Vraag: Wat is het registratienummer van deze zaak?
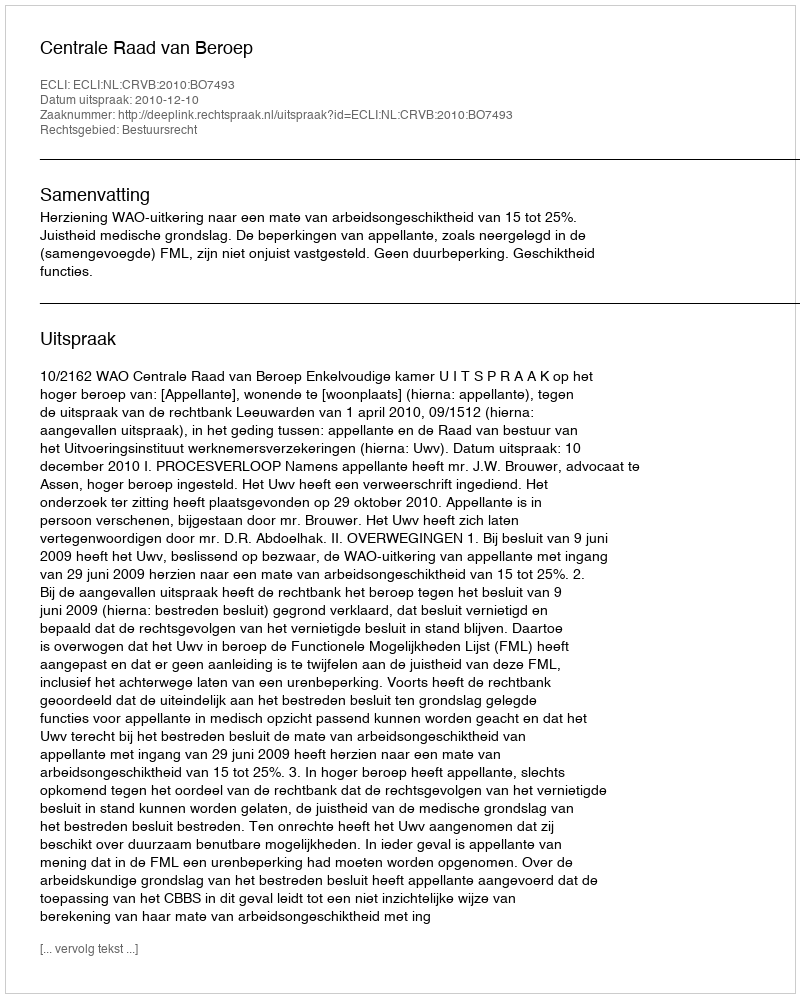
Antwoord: http://deeplink.rechtspraak.nl/uitspraak?id=ECLI:NL:CRVB:2010:BO7493